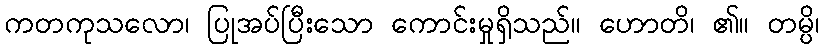
ကတကုသလော၊ ပြုအပ်ပြီးသော ကောင်းမှုရှိသည်။ ဟောတိ၊ ၏။ တမ္ပိ၊